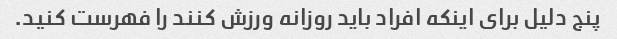
پنج دلیل برای اینکه افراد باید روزانه ورزش کنند را فهرست کنید.